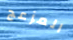
المزعج